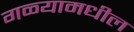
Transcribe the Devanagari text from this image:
गळ्यामधील